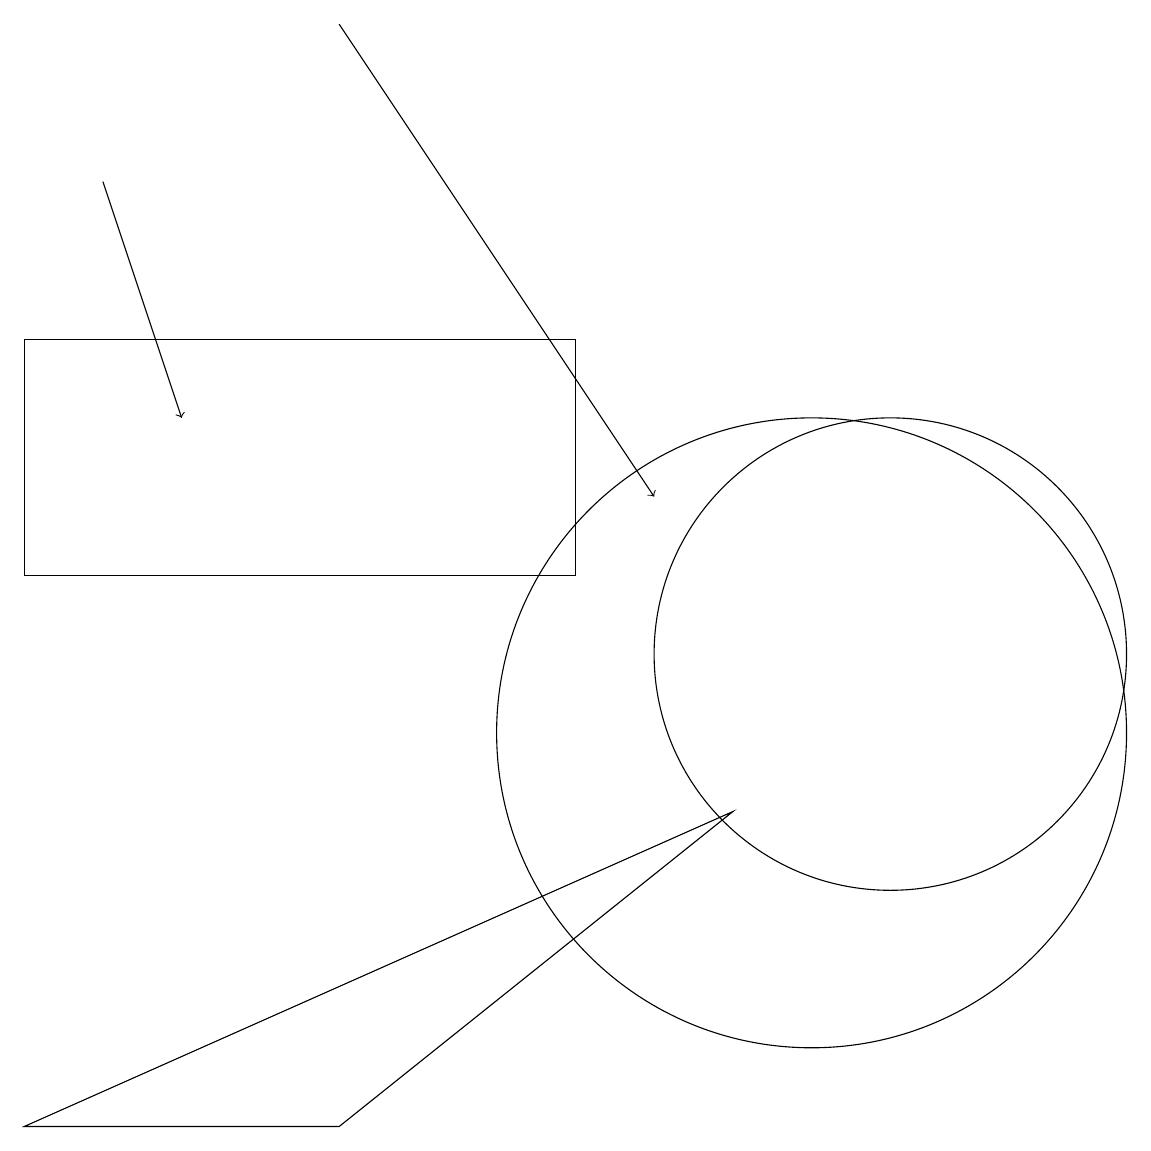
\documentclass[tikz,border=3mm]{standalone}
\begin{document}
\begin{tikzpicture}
\draw (11,11) circle (3);
\draw (10,11) circle (0);
\draw (4,5) -- (0,5) -- (9,9) -- cycle;
\draw (10,10) circle (0);
\draw[->] (1,17) -- (2,14);
\draw (10,10) circle (4);
\draw (7,15) rectangle (0,12);
\draw[->] (4,19) -- (8,13);
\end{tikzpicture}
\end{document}